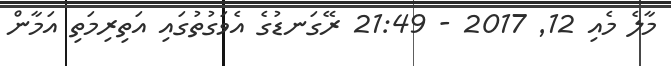
މާލެ މެއި 12